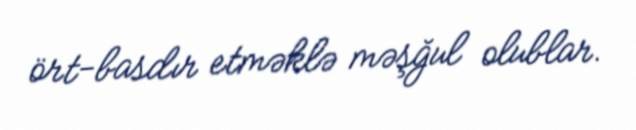
ört-basdır etməklə məşğul olublar.